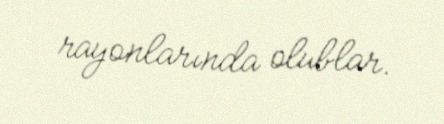
rayonlarında olublar.